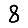
Digit: 8